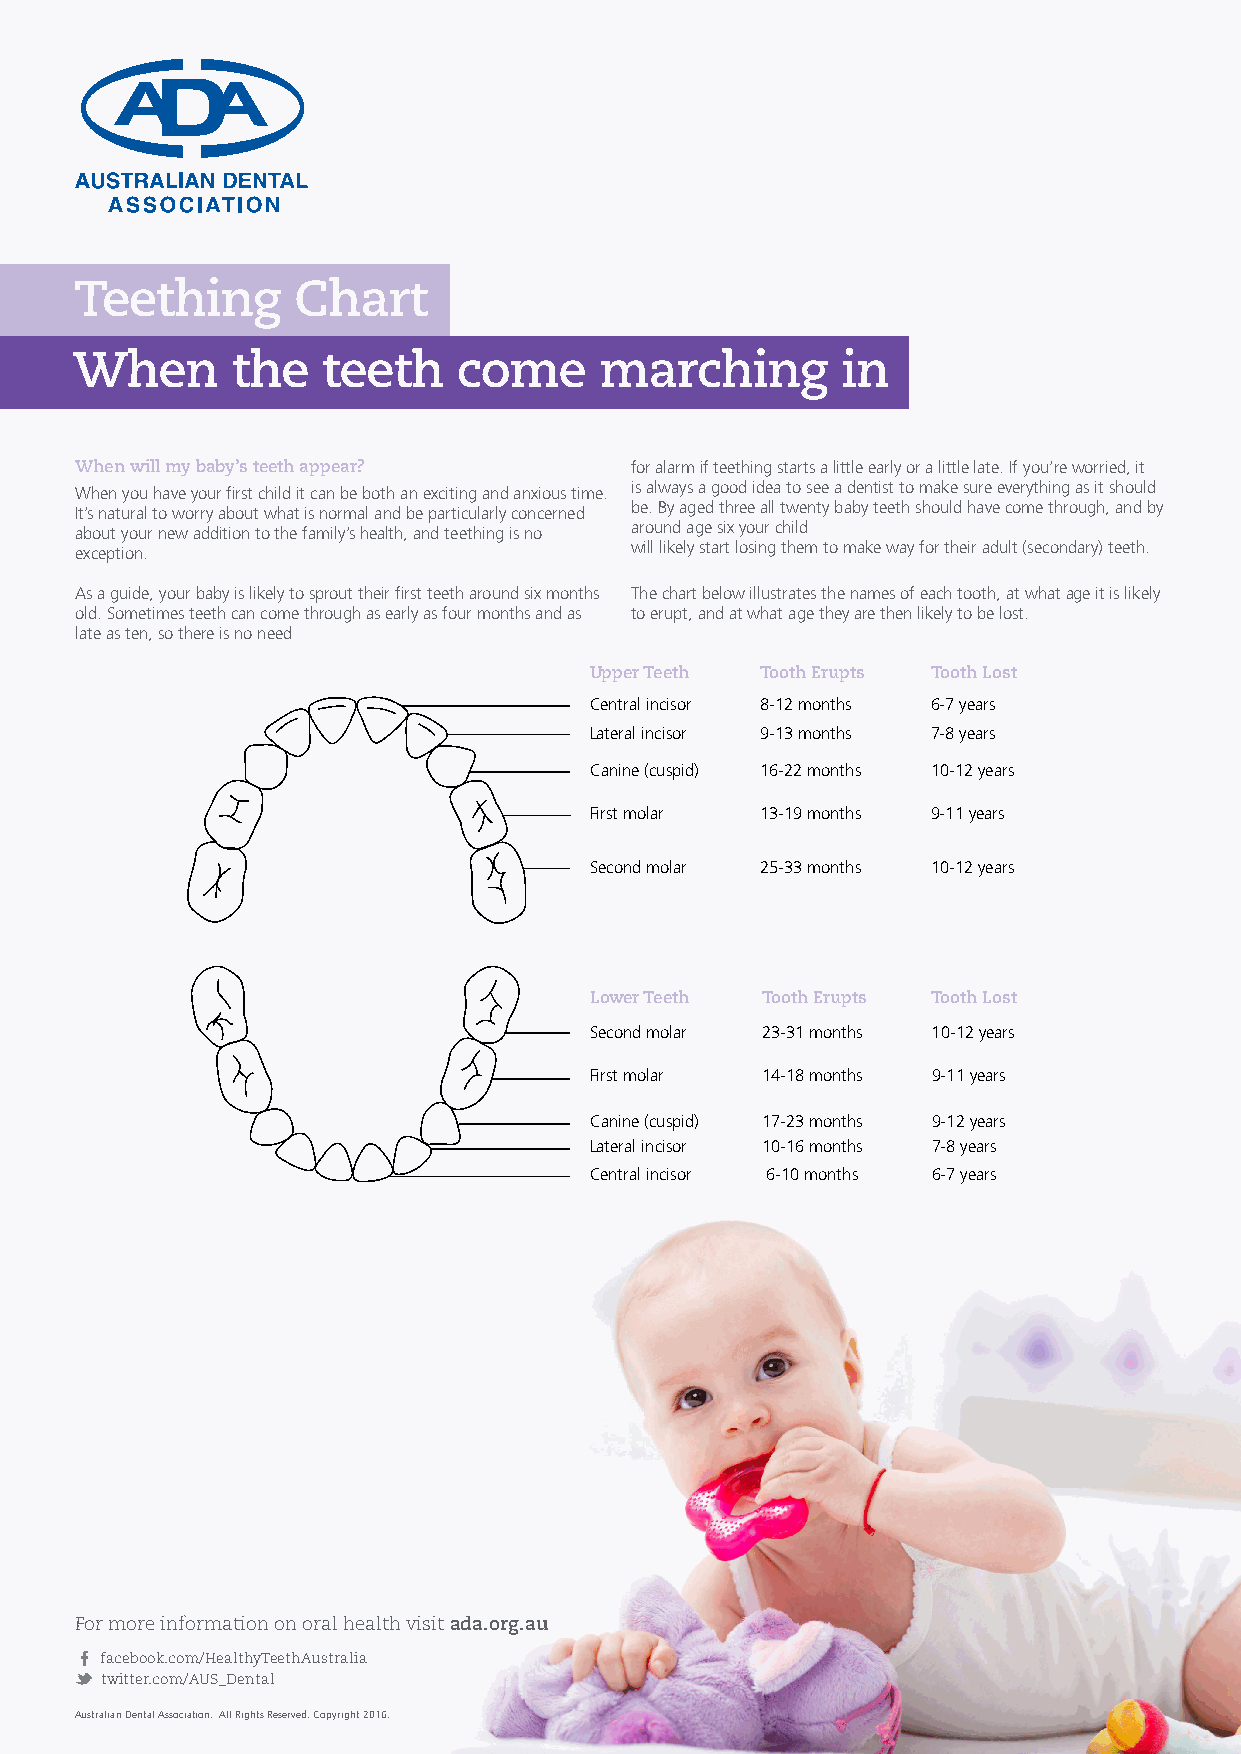
Teething      Chart
 When      the   teeth    come      marching        in
 When will my baby’s teeth appear?    for alarm if teething starts a little early or a little late. If you’re worried, it
 When you have your first child it can be both an exciting and anxious time. is always a good idea to see a dentist to make sure everything as it should
 It’s natural to worry about what is normal and be particularly concerned be. By aged three all twenty baby teeth should have come through, and by
 about your new addition to the family’s health, and teething is no around age six your child
 exception.                           will likely start losing them to make way for their adult (secondary) teeth.
 As a guide, your baby is likely to sprout their first teeth around six months The chart below illustrates the names of each tooth, at what age it is likely
 old. Sometimes teeth can come through as early as four months and as to erupt, and at what age they are then likely to be lost.
 late as ten, so there is no need
 Upper Teeth Tooth Erupts Tooth Lost
 Central incisor 8-12 months 6-7 years
 Lateral incisor 9-13 months 7-8 years
 Canine (cuspid) 16-22 months 10-12 years
 First molar 13-19 months 9-11 years
 Second molar 25-33 months 10-12 years
 Lower Teeth Tooth Erupts Tooth Lost
 Second molar 23-31 months 10-12 years
 First molar 14-18 months 9-11 years
 Canine (cuspid) 17-23 months 9-12 years
 Lateral incisor 10-16 months 7-8 years
 Central incisor 6-10 months 6-7 years
 For more information on oral health visit ada.org.au
 facebook.com/HealthyTeethAustralia
 twitter.com/AUS_Dental
 Australian Dental Association. All Rights Reserved. Copyright 2016.